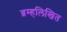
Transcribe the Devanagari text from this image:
ब्रम्हलिखित